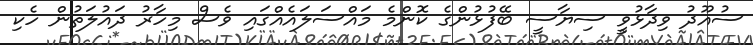
ސުއޫދު ވިދާޅުވީ ސިޔާސީ ބޭފުޅުންގެ ކޮންމެ މައްސަލައެއްގައި ވެސް މިހާރު ދައުލަތުން ހެކި